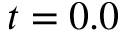
t = 0 . 0